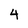
Character: 4